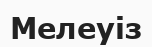
Мелеуіз